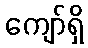
ကျော်ရှိ